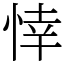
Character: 悻